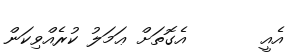
އެއީ       އެގޮތަށް ޢަމަލު ކުރެއްވިކަން